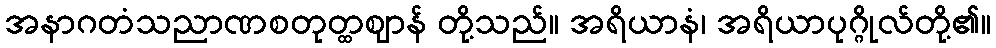
အနာဂတံသညာဏစတုတ္ထဈာန် တို့သည်။ အရိယာနံ၊ အရိယာပုဂ္ဂိုလ်တို့၏။